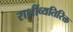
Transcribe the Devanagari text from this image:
राशींव्यतिरिक्त